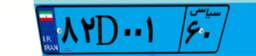
۸۲D۰۰۱۶۰